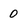
Character: 0